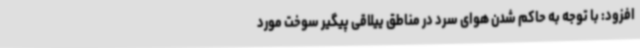
افزود: با توجه به حاکم شدن هوای سرد در مناطق ییلاقی پیگیر سوخت مورد